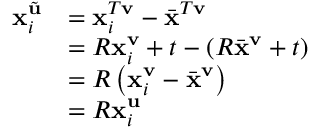
\begin{array} { r l } { \mathbf { x } _ { i } ^ { \tilde { \mathbf { u } } } } & { = \mathbf { x } _ { i } ^ { T \mathbf { v } } - \bar { \mathbf { x } } ^ { T \mathbf { v } } } \\ & { = R \mathbf { x } _ { i } ^ { \mathbf { v } } + t - ( R \bar { \mathbf { x } } ^ { \mathbf { v } } + t ) } \\ & { = R \left( \mathbf { x } _ { i } ^ { \mathbf { v } } - \bar { \mathbf { x } } ^ { \mathbf { v } } \right) } \\ & { = R \mathbf { x } _ { i } ^ { \mathbf { u } } } \end{array}